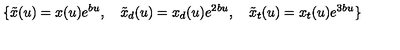
\{ \tilde { x } ( u ) = x ( u ) e ^ { b u } , \quad \tilde { x } _ { d } ( u ) = x _ { d } ( u ) e ^ { 2 b u } , \quad \tilde { x } _ { t } ( u ) = x _ { t } ( u ) e ^ { 3 b u } \}